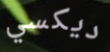
ديكسي